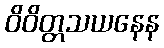
ဝိဝိတ္တသယနေန